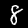
Label: 8